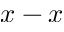
x - x